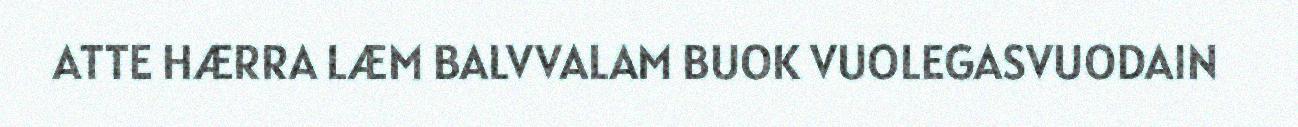
ATTE HÆRRA LÆM BALVVALAM BUOK VUOLEGASVUODAIN